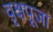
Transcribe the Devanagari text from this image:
वृक्षपूजा